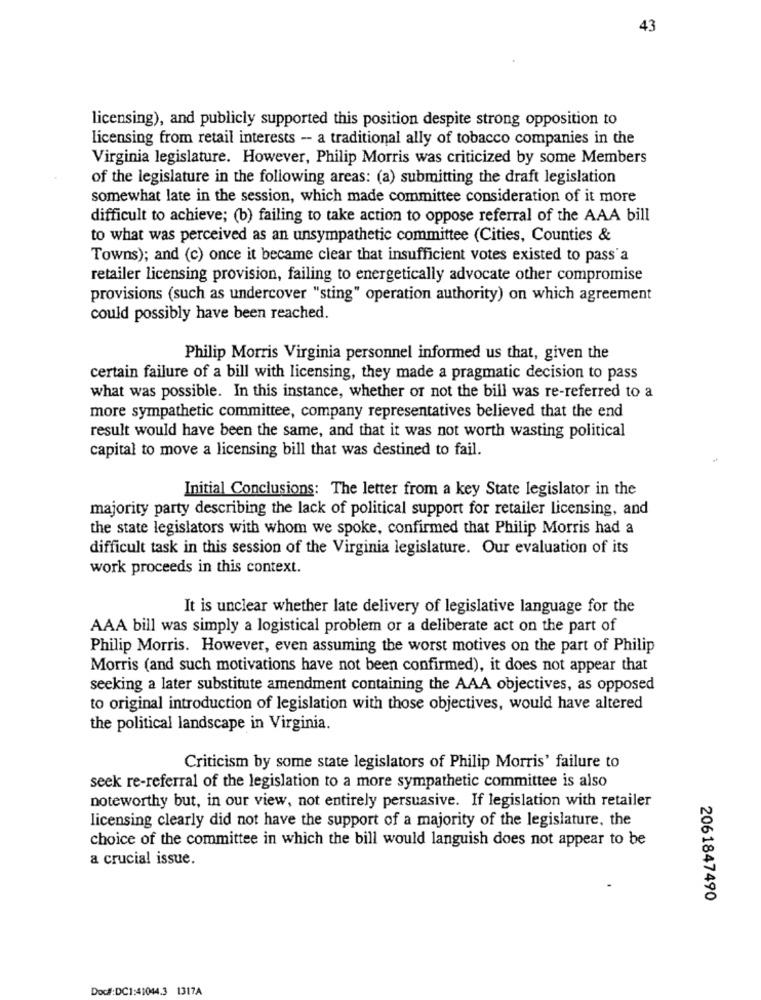
43
licensing), and publicly supported this position despite strong opposition to
licensing from retail interests - a traditional ally of tobacco companies in the
Virginia legislature. However, Philip Morris was criticized by some Members
of the legislature in the following areas: (a) submitting the draft legislation
somewhat late in the session, which made committee consideration of it more
difficult to achieve; (b) failing to take action to oppose referral of the AAA bill
to what was perceived as an unsympathetic committee (Cities, Counties &
Towns); and (c) once it became clear that insufficient votes existed to pass'a
retailer licensing provision, failing to energetically advocate other compromise
provisions (such as undercover "sting" operation authority) on which agreement
could possibly have been reached.
Philip Morris Virginia personnel informed us that, given the
certain failure of a bill with licensing, they made a pragmatic decision to pass
what was possible. In this instance, whether or not the bill was re-referred to a
more sympathetic committee, company representatives believed that the end
result would have been the same, and that it was not worth wasting political
capital to move a licensing bill that was destined to fail.
Initial Conclusions: The letter from a key State legislator in the
majority party describing the lack of political support for retailer licensing, and
the state legislators with whom we spoke, confirmed that Philip Morris had a
difficult task in this session of the Virginia legislature. Our evaluation of its
work proceeds in this context.
It is unclear whether late delivery of legislative language for the
AAA bill was simply a logistical problem or a deliberate act on the part of
Philip Morris. However, even assuming the worst motives on the part of Philip
Morris (and such motivations have not been confirmed), it does not appear that
seeking a later substitute amendment containing the AAA objectives, as opposed
to original introduction of legislation with those objectives, would have altered
the political landscape in Virginia.
Criticism by some state legislators of Philip Morris' failure to
seek re-referral of the legislation to a more sympathetic committee is also
noteworthy but, in our view, not entirely persuasive. If legislation with retailer
licensing clearly did not have the support of a majority of the legislature, the
choice of the committee in which the bill would languish does not appear to be
a crucial issue.
2061847490
Doc#:DC1:41044.3 1317A